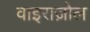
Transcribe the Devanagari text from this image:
वाइराज़ोल